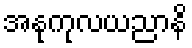
အနုကုလယညာနိ